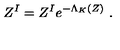
Z ^ { I } = Z ^ { I } e ^ { - \Lambda _ { K } ( Z ) } \ .